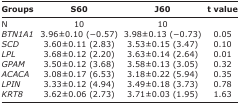
<table><thead><tr><td><b>Groups</b></td><td><b>S60</b></td><td><b>J60</b></td><td><b>t value</b></td></tr></thead><tbody><tr><td>N</td><td>10</td><td>10</td><td></td></tr><tr><td><i>BTN1A1</i></td><td>3.96±0.10 (−0.57)</td><td>3.98±0.13 (−0.73)</td><td>0.05</td></tr><tr><td><i>SCD</i></td><td>3.60±0.11 (2.83)</td><td>3.53±0.15 (3.47)</td><td>0.10</td></tr><tr><td><i>LPL</i></td><td>3.68±0.12 (2.20)</td><td>3.63±0.14 (2.64)</td><td>0.01</td></tr><tr><td><i>GPAM</i></td><td>3.50±0.12 (3.68)</td><td>3.58±0.13 (3.05)</td><td>0.32</td></tr><tr><td><i>ACACA</i></td><td>3.08±0.17 (6.53)</td><td>3.18±0.22 (5.94)</td><td>0.35</td></tr><tr><td><i>LPIN</i></td><td>3.33±0.12 (4.94)</td><td>3.49±0.18 (3.73)</td><td>0.78</td></tr><tr><td><i>KRT8</i></td><td>3.62±0.06 (2.73)</td><td>3.71±0.03 (1.95)</td><td>1.63</td></tr></tbody></table>